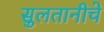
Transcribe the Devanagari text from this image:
सुलतानीचे